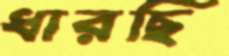
ধারছি